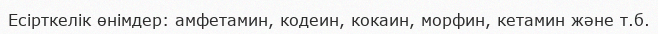
Есірткелік өнімдер: амфетамин, кодеин, кокаин, морфин, кетамин және т.б.